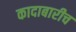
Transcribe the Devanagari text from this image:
कादाबारीच